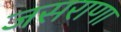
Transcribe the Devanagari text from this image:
जसराणा